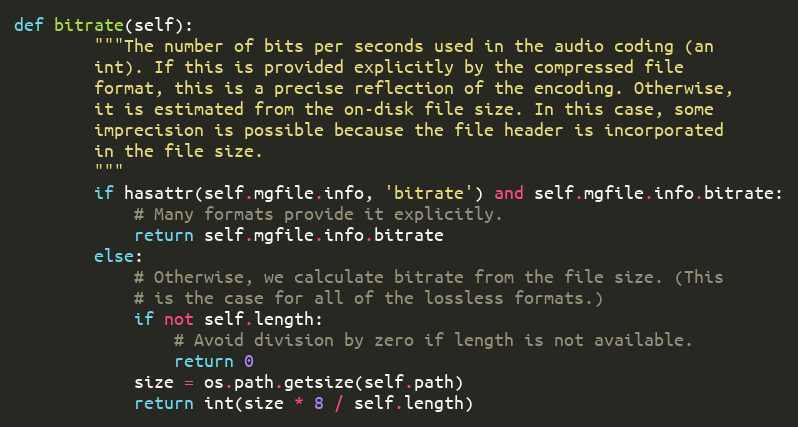
Language: Python
def bitrate(self):
        """The number of bits per seconds used in the audio coding (an
        int). If this is provided explicitly by the compressed file
        format, this is a precise reflection of the encoding. Otherwise,
        it is estimated from the on-disk file size. In this case, some
        imprecision is possible because the file header is incorporated
        in the file size.
        """
        if hasattr(self.mgfile.info, 'bitrate') and self.mgfile.info.bitrate:
            # Many formats provide it explicitly.
            return self.mgfile.info.bitrate
        else:
            # Otherwise, we calculate bitrate from the file size. (This
            # is the case for all of the lossless formats.)
            if not self.length:
                # Avoid division by zero if length is not available.
                return 0
            size = os.path.getsize(self.path)
            return int(size * 8 / self.length)